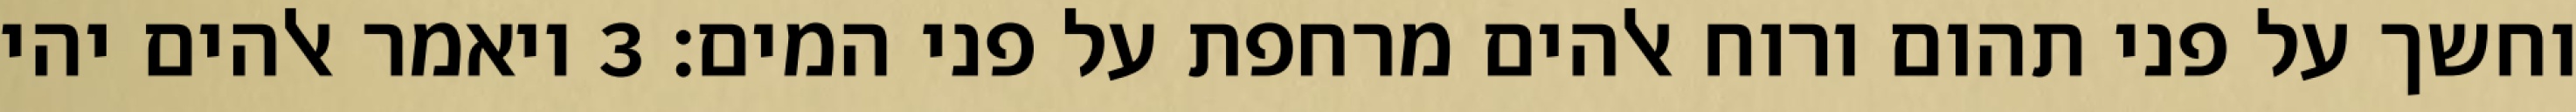
וחשך על פני תהום ורוח אלהים מרחפת על פני המים׃ ‎3‏ ויאמר אלהים יהי